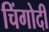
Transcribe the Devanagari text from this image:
चिंगोदी